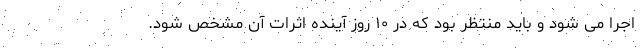
اجرا می شود و باید منتظر بود که در ۱۰ روز آینده اثرات آن مشخص شود.